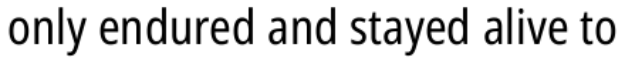
only endured and stayed alive to